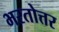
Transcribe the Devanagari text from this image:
भरतोत्तर